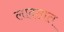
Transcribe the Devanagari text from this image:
लादतात